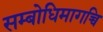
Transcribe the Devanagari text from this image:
सम्बोधिमागच्चि